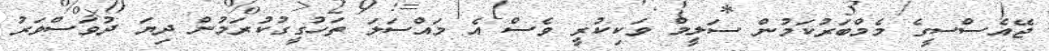
ޖޭއެސްސީގެ މެމްބަރުކަމުން ސަލީމް ވަކިކުރީ ވެސް އެ މައްސަލަ ތަހުގީގުކުރަމުން ދިޔަ ދުވަސްވަރު